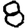
Digit: 8